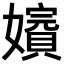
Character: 𡣑